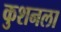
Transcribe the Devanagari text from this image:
कुशनला